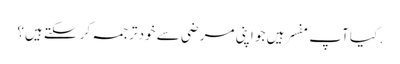
. کیا آپ مفسر ہیں جو اپنی مرضی سے خود ترجمہ کر سکتے ہیں؟